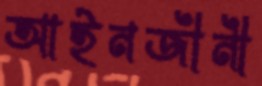
আইনজীনী